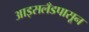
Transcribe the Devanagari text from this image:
आइसलँडपासून